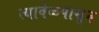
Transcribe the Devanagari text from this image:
त्यावेळपासून